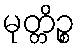
မုတ္တိဉ္စ